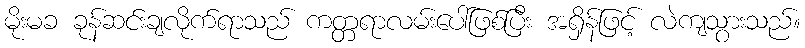
မိုးမခ ခုန်ဆင်းချလိုက်ရာသည် ကတ္တရာလမ်းပေါ်ဖြစ်ပြီး အရှိန်ဖြင့် လဲကျသွားသည်။